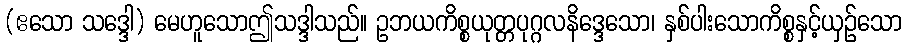
(ဧသော သဒ္ဒေါ) မေဟူသောဤသဒ္ဒါသည်။ ဥဘယကိစ္စယုတ္တပုဂ္ဂလနိဒ္ဒေသော၊ နှစ်ပါးသောကိစ္စနှင့်ယှဉ်သော